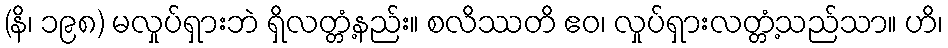
(နိ၊ ၁၉၈) မလှုပ်ရှားဘဲ ရှိလတ္တံ့နည်း။ စလိဿတိ ဧဝ၊ လှုပ်ရှားလတ္တံ့သည်သာ။ ဟိ၊